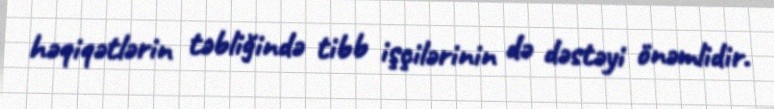
həqiqətlərin təbliğində tibb işçilərinin də dəstəyi önəmlidir.